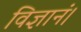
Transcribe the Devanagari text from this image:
विज्ञानं।